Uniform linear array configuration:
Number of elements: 48
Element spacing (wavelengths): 0.5
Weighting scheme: uniform
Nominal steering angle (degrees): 60
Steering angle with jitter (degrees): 58.733
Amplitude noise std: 0.05
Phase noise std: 0.05

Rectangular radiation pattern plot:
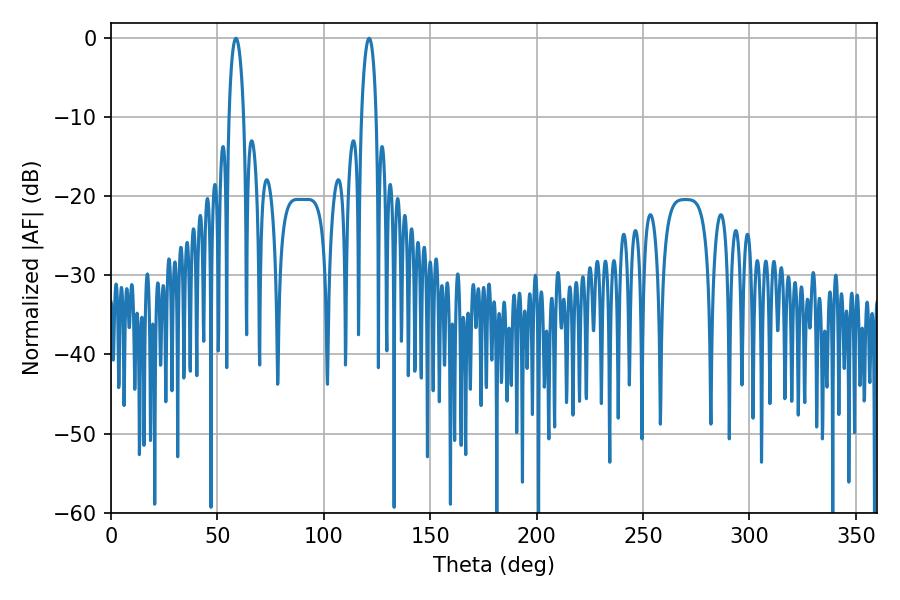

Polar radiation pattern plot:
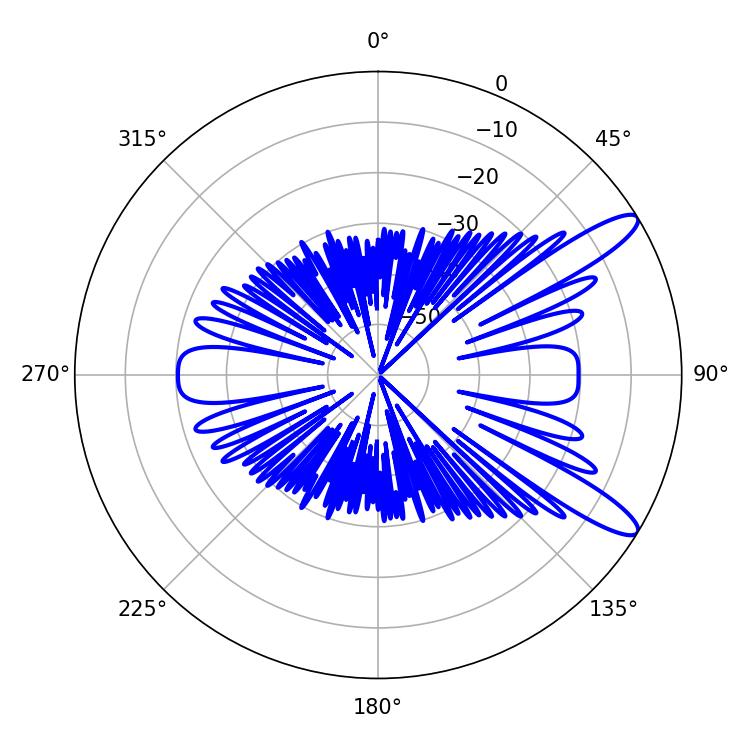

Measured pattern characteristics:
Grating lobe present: FALSE
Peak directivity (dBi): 11.745
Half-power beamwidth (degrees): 3.78
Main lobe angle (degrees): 58.68